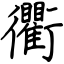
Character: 衢